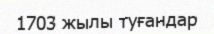
1703 жылы туғандар